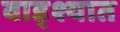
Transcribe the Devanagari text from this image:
वाड्श्यात